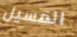
المسيل